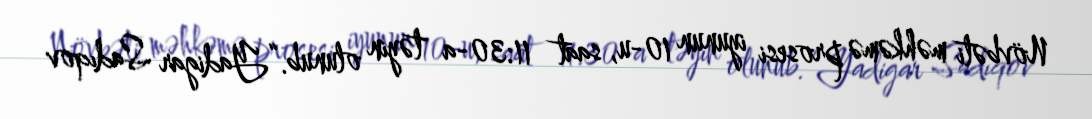
Növbəti məhkəmə prosesi iyunun 10-u, saat 11:30-a təyin olunub.“Yadigar Sadıqov